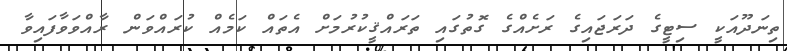
ތިނަދޫއަކީ ސިޓީގެ ދަރަޖައިގެ ރަށެއްގެ ގޮތުގައި ތަރައްޤީކުރުމަށް އެތައް ކަމެއް ކުރައްވަން ރާއްވަވާފައިވާ